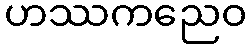
ဟဿကညေဝ